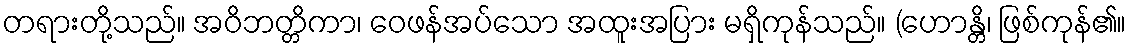
တရားတို့သည်။ အဝိဘတ္တိကာ၊ ဝေဖန်အပ်သော အထူးအပြား မရှိကုန်သည်။ (ဟောန္တိ၊ ဖြစ်ကုန်၏။